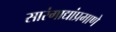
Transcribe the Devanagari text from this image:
सारंगाद्यांप्रमाणे